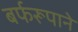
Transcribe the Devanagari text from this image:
बर्फरूपाने